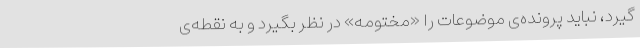
‌گیرد، نباید پرونده‌ی موضوعات را «مختومه» در نظر بگیرد و به نقطه‌ی